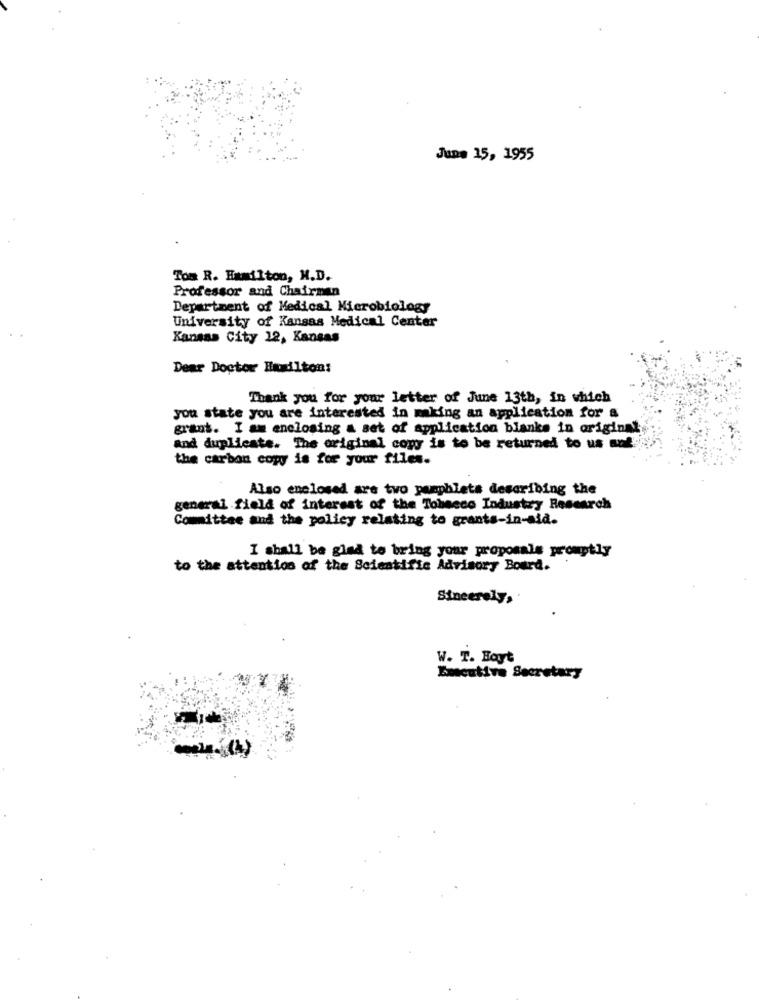
June 15, 1955
Tom R. Hamilton, M.D.
Professor and Chairman
Department of Medical Microbiology
University of Kansas Medical Center
Kansas City 12, Kansas
Dear Doctor Hamilton:
Thank you for your letter of June 13th, in which
you state you are interested in making an application for a
grant. I am enclosing a set of application blanks in original
and duplicate. The original copy is to be returned to us ant
the carbon copy is for your files.
Also enclosed are two pamphlets describing the
general field of interest of the Tobacco Industry Research
Committee and the policy relating to grants-in-aid.
I shall be glad to bring your proposals promptly
to the attention of the Scientific Advisory Board.
Sincerely,
W. T. Bayt
Emecutive Secretary